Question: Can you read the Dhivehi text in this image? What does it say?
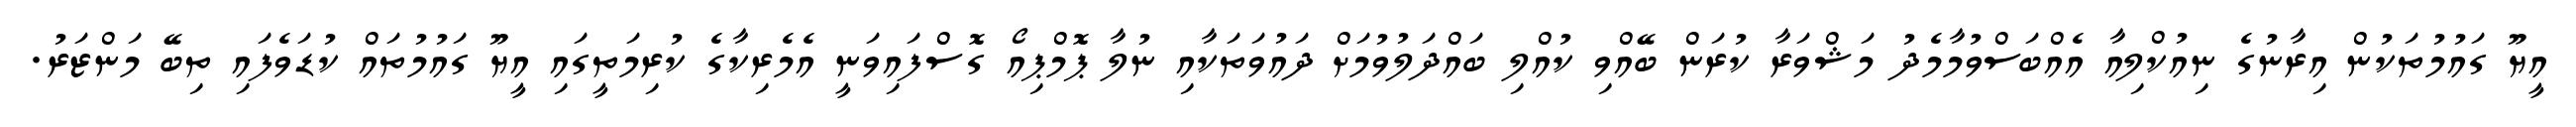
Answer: އީޔޫ ގައުމުތަކުން އިރާނުގެ ނިއުކްލިއާ އެއްބަސްވުމާމެދު މަޝްވަރާ ކުރަން ބޭއްވި ކުއްލި ބައްދަލުވުމަށް ދައުވަތަކާއި ނުލާ ޕޮމްޕިއޯ ގޮސްފައިވަނީ އެމެރިކާގެ ކުރިމަތީގައި އީޔޫ ގައުމުތައް ކުޑަވެފައި ތިބޭ މަންޒަރު.